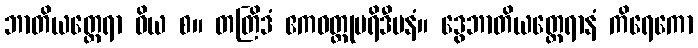
ဘာတိယတ္ထေရာ ဝိယ စ။ တတြိဒံ ဧကဝတ္ထုပရိဒီပနံ။ ဒွေဘာတိယတ္ထေရာနံ ကိရေကော